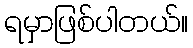
ရမှာဖြစ်ပါတယ်။